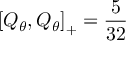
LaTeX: \left[ Q _ { \theta } , Q _ { \theta } \right] _ { + } = \frac { 5 } { 3 2 }